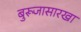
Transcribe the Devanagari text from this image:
बुरूजासारखा